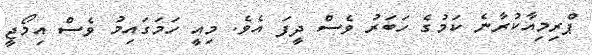
ޕްރިމިއާކުރާނެ ކަމުގެ ހަބަރު ވެސް ދީފަ އެވެ. މިއީ ހަމަގައިމު ވެސް އިމޯޖީ